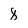
Character: 8